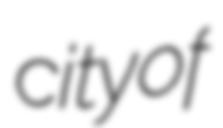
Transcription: city of